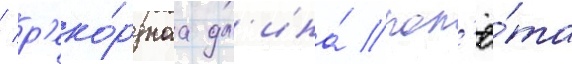
/ р'еко́рднаа дл'ина́ пол'ё́та